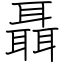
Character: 聶